Annual report on the mental hospital in the Central Provinces and Berar (Nagpur) - 1927-1951
Year: 1927
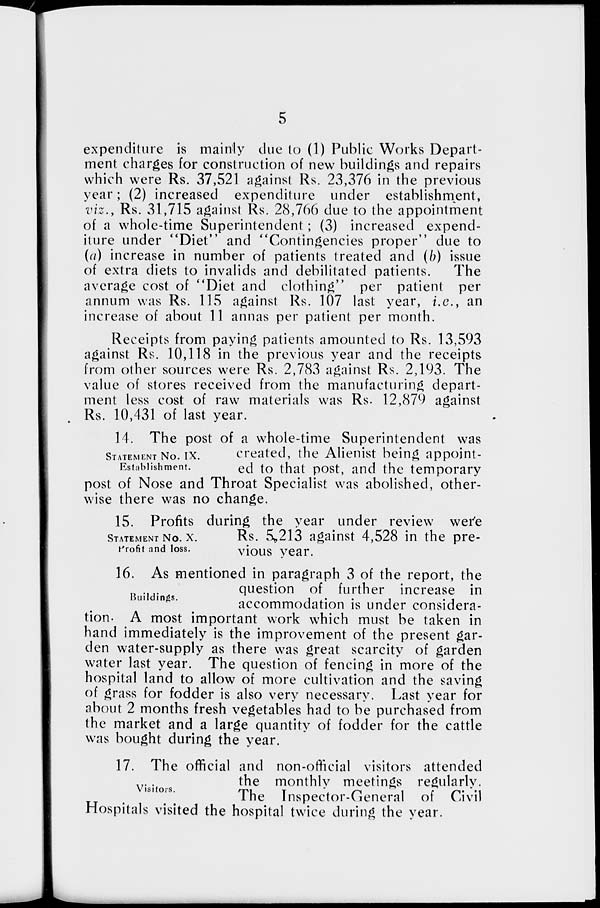
5
expenditure is mainly due to (1) Public Works Depart-
ment charges for construction of new buildings and repairs
which were Rs. 37,521 against Rs. 23,376 in the previous
year; (2) increased expenditure under establishment,
viz., Rs. 31,715 against Rs. 28,766 due to the appointment
of a whole-time Superintendent; (3) increased expend-
iture under "Diet" and "Contingencies proper" due to
(a) increase in number of patients treated and (b) issue
of extra diets to invalids and debilitated patients.
The
average cost of "Diet and clothing" per patient per
annum was Rs. 115 against Rs. 107 last year, i.e., an
increase of about 11 annas per patient per month.
Receipts from paying patients amounted to Rs. 13,593
against Rs. 10,118 in the previous year and the receipts
from other sources were Rs. 2,783 against Rs. 2,193. The
value of stores received from the manufacturing depart-
ment less cost of raw materials was Rs. 12,879 against
Rs. 10,431 of last year.
STATEMENT No. IX.
Establishment.
14. The post of a whole-time Superintendent was
created, the Alienist being appoint-
ed to that post, and the temporary
post of Nose and Throat Specialist was abolished, other-
wise there was no change.
STATEMENT No. X.
Profit and loss.
15. Profits during the year under review were
Rs. 5,213 against 4,528 in the pre-
vious year.
Buildings.
16. As mentioned in paragraph 3 of the report, the
question of further increase in
accommodation is under considera-
tion. A most important work which must be taken in
hand immediately is the improvement of the present gar-
den water-supply as there was great scarcity of garden
water last year. The question of fencing in more of the
hospital land to allow of more cultivation and the saving
of grass for fodder is also very necessary. Last year for
about 2 months fresh vegetables had to be purchased from
the market and a large quantity of fodder for the cattle
was bought during the year.
Visitors.
17. The official and non-official visitors attended
the monthly meetings regularly.
The Inspector-General of Civil
Hospitals visited the hospital twice during the year.